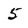
Character: 5